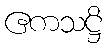
ဧကသဋ္ဌိ